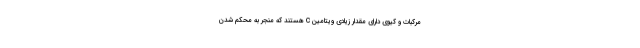
مرکبات و کیوی دارای مقدار زیادی ویتامین C هستند که منجر به محکم شدن